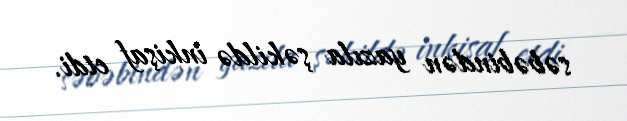
səbəbindən yazıla şəkildə inkişaf etdi.